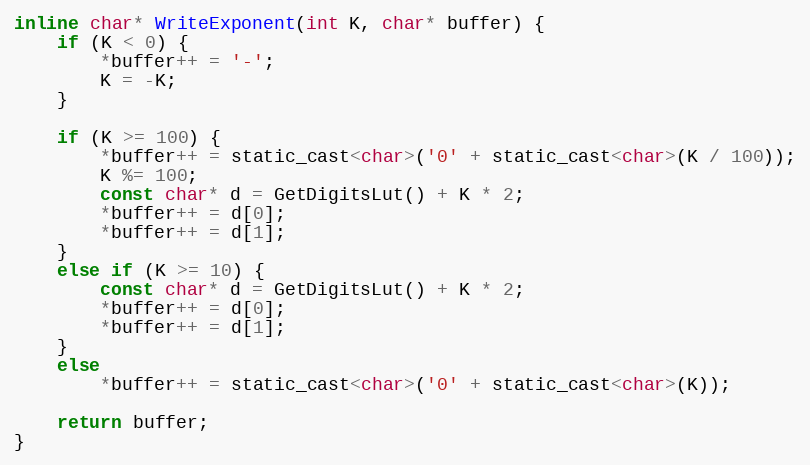
Language: C
inline char* WriteExponent(int K, char* buffer) {
    if (K < 0) {
        *buffer++ = '-';
        K = -K;
    }

    if (K >= 100) {
        *buffer++ = static_cast<char>('0' + static_cast<char>(K / 100));
        K %= 100;
        const char* d = GetDigitsLut() + K * 2;
        *buffer++ = d[0];
        *buffer++ = d[1];
    }
    else if (K >= 10) {
        const char* d = GetDigitsLut() + K * 2;
        *buffer++ = d[0];
        *buffer++ = d[1];
    }
    else
        *buffer++ = static_cast<char>('0' + static_cast<char>(K));

    return buffer;
}